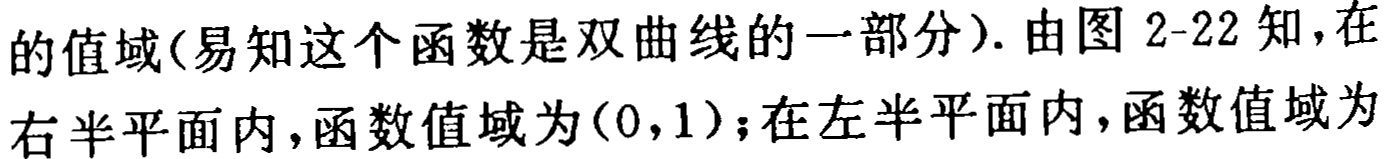
的值域(易知这个函数是双曲线的一部分). 由图 2-22 知,在右半平面内,函数值域为\((0,1)\);在左半平面内,函数值域为